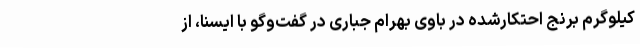
کیلوگرم برنج احتکارشده در باوی بهرام جباری در گفت‌وگو با ایسنا، از